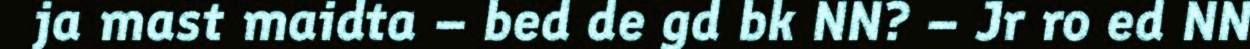
ja mast maidta – bed de gd bk NN? – Jr ro ed NN